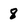
Character: 8